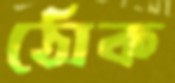
ঠোক